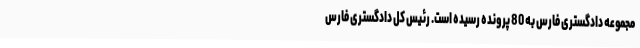
مجموعه دادگستری فارس به 80 پرونده رسیده است. رئیس کل دادگستری فارس